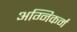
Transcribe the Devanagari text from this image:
अग्निकर्म